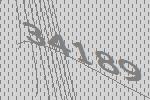
34189